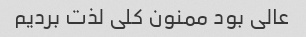
عالی بود ممنون کلی لذت بردیم